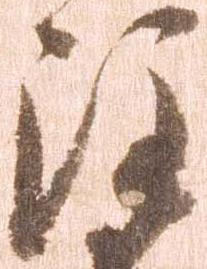
注